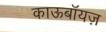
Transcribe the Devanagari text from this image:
काऊबॉयज़